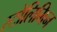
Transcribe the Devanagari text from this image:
स्टोलिमिन